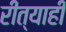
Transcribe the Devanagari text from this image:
रीत्याही